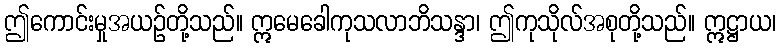
ဤကောင်းမှုအယဉ်တို့သည်။ ဣမေခေါကုသလာဘိသန္ဒာ၊ ဤကုသိုလ်အစုတို့သည်။ ဣဋ္ဌာယ၊